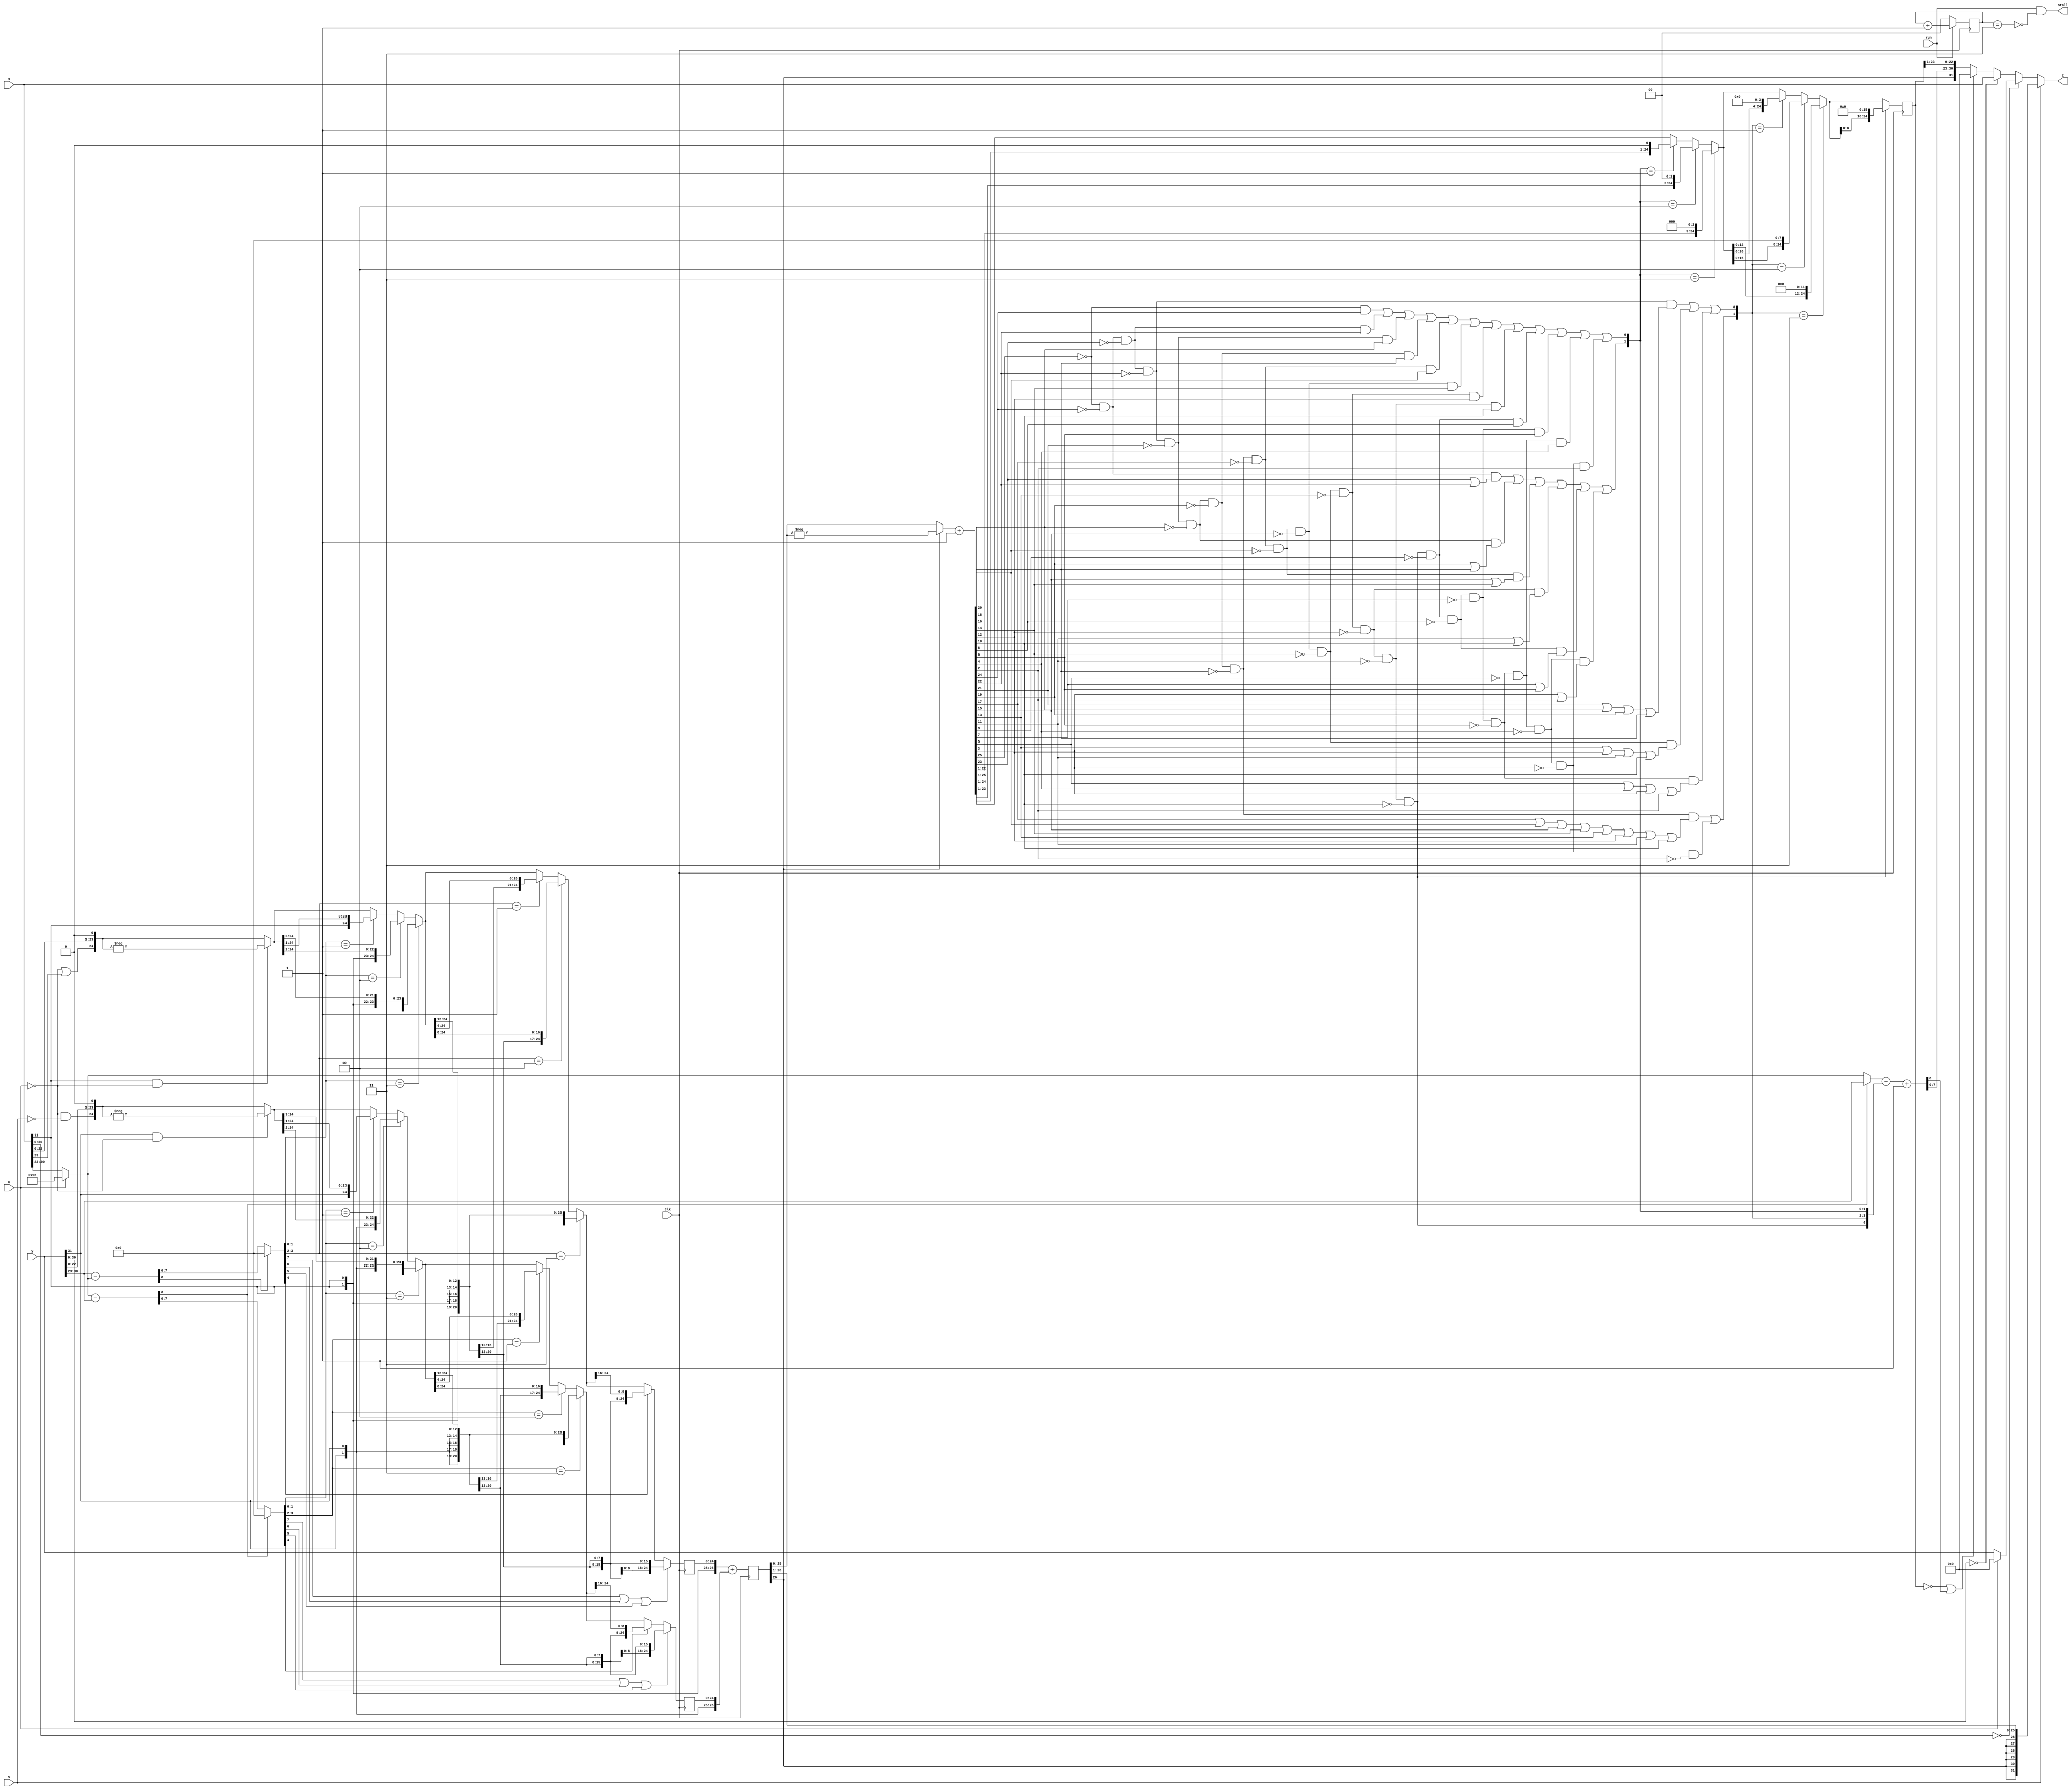
`timescale 1ns / 1ps  // NW 20.9.2015  pipelined
// u = 1: FLT; v = 1: FLOOR

module FPAdder(
  input clk, run, u, v,
  input [31:0] x, y,
  output stall,
  output [31:0] z);

reg [1:0] State;

wire xs, ys;  // signs
wire [7:0] xe, ye;
wire [24:0] xm, ym;

wire [8:0] dx, dy, e0, e1;
wire [7:0] sx, sy;  // shift counts
wire [1:0] sx0, sx1, sy0, sy1;
wire sxh, syh;
wire [24:0] x0, x1, x2, y0, y1, y2;
reg [24:0] x3, y3;

reg [26:0] Sum;
wire [26:0] s;

wire z24, z22, z20, z18, z16, z14, z12, z10, z8, z6, z4, z2;
wire [4:0] sc;  // shift count
wire [1:0] sc0, sc1;
wire [24:0] t1, t2;
reg [24:0] t3;

assign xs = x[31];  // sign x
assign xe = u ? 8'h96 : x[30:23];  // expo x
assign xm = {~u|x[23], x[22:0], 1'b0};  //mant x
assign ys = y[31];  // sign y
assign ye = y[30:23];  // expo y
assign ym = {~u&~v, y[22:0], 1'b0};  //mant y

assign dx = xe - ye;
assign dy = ye - xe;
assign e0 = (dx[8]) ? ye : xe;
assign sx = dy[8] ? 0 : dy;
assign sy = dx[8] ? 0 : dx;
assign sx0 = sx[1:0];
assign sx1 = sx[3:2];
assign sy0 = sy[1:0];
assign sy1 = sy[3:2];
assign sxh = sx[7] | sx[6] | sx[5];
assign syh = sy[7] | sy[6] | sy[5];

// denormalize, shift right
assign x0 = xs&~u ? -xm : xm;
assign x1 = (sx0 == 3) ? {{3{xs}}, x0[24:3]} :
  (sx0 == 2) ? {{2{xs}}, x0[24:2]} : (sx0 == 1) ? {xs, x0[24:1]} : x0;
assign x2 = (sx1 == 3) ? {{12{xs}}, x1[24:12]} :
  (sx1 == 2) ? {{8{xs}}, x1[24:8]} : (sx1 == 1) ? {{4{xs}}, x1[24:4]} : x1;
always @ (posedge(clk))
  x3 <= sxh ? {25{xs}} : (sx[4] ? {{16{xs}}, x2[24:16]} : x2);

assign y0 = ys&~u ? -ym : ym;
assign y1 = (sy0 == 3) ? {{3{ys}}, y0[24:3]} :
  (sy0 == 2) ? {{2{ys}}, y0[24:2]} : (sy0 == 1) ? {ys, y0[24:1]} : y0;
assign y2 = (sy1 == 3) ? {{12{ys}}, y1[24:12]} :
  (sy1 == 2) ? {{8{ys}}, y1[24:8]} : (sy1 == 1) ? {{4{ys}}, y1[24:4]} : y1;
always @ (posedge(clk))
	y3 <= syh ? {25{ys}} : (sy[4] ? {{16{ys}}, y2[24:16]} : y2);
	
// add
always @ (posedge(clk)) Sum <= {xs, xs, x3} + {ys, ys, y3};
assign s = (Sum[26] ? -Sum : Sum) + 1;

// post-normalize
assign z24 = ~s[25] & ~ s[24];
assign z22 = z24 & ~s[23] & ~s[22];
assign z20 = z22 & ~s[21] & ~s[20];
assign z18 = z20 & ~s[19] & ~s[18];
assign z16 = z18 & ~s[17] & ~s[16];
assign z14 = z16 & ~s[15] & ~s[14];
assign z12 = z14 & ~s[13] & ~s[12];
assign z10 = z12 & ~s[11] & ~s[10];
assign z8 = z10 & ~s[9] & ~s[8];
assign z6 = z8 & ~s[7] & ~s[6];
assign z4 = z6 & ~s[5] & ~s[4];
assign z2 = z4 & ~s[3] & ~s[2];

assign sc[4] = z10;  // sc = shift count of post normalization
assign sc[3] = z18 & (s[17] | s[16] | s[15] | s[14] | s[13] | s[12] | s[11] | s[10])
      | z2;
assign sc[2] = z22 & (s[21] | s[20] | s[19] | s[18])
      | z14 & (s[13] | s[12] | s[11] | s[10])
      | z6 & (s[5] | s[4] | s[3] | s[2]);
assign sc[1] = z24 & (s[23] | s[22])
      | z20 & (s[19] | s[18])
      | z16 & (s[15] | s[14])
      | z12 & (s[11] | s[10])
      | z8 & (s[7] | s[6])
      | z4 & (s[3] | s[2]);
assign sc[0] = ~s[25] & s[24]
      | z24 & ~s[23] & s[22]
      | z22 & ~s[21] & s[20]
      | z20 & ~s[19] & s[18]
      | z18 & ~s[17] & s[16]
      | z16 & ~s[15] & s[14]
      | z14 & ~s[13] & s[12]
      | z12 & ~s[11] & s[10]
      | z10 & ~s[9] & s[8]
      | z8 & ~s[7] & s[6]
      | z6 & ~s[5] & s[4]
      | z4 & ~s[3] & s[2];

assign e1 = e0 - sc + 1;
assign sc0 = sc[1:0];
assign sc1 = sc[3:2];

assign t1 = (sc0 == 3) ? {s[22:1], 3'b0} :
  (sc0 == 2) ? {s[23:1], 2'b0} : (sc0 == 1) ? {s[24:1], 1'b0} : s[25:1];
assign t2 = (sc1 == 3) ? {t1[12:0], 12'b0} :
  (sc1 == 2) ? {t1[16:0], 8'b0} : (sc1 == 1) ? {t1[20:0], 4'b0} : t1;
always @ (posedge(clk)) t3 <= sc[4] ? {t2[8:0], 16'b0} : t2;

assign stall = run & ~(State == 3);
always @ (posedge(clk)) State <= run ? State + 1 : 0;

assign z = v ? {{7{Sum[26]}}, Sum[25:1]} :  // FLOOR
    (x[30:0] == 0) ? (~u ? y : 0) :
    (y[30:0] == 0) ? x :
    ((t3 == 0) | e1[8]) ? 0 : 
	 {Sum[26], e1[7:0], t3[23:1]};
endmodule